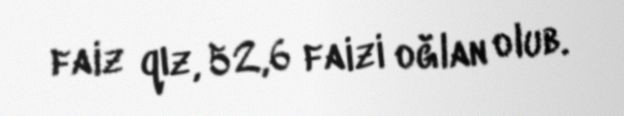
faiz qız, 52,6 faizi oğlan olub.